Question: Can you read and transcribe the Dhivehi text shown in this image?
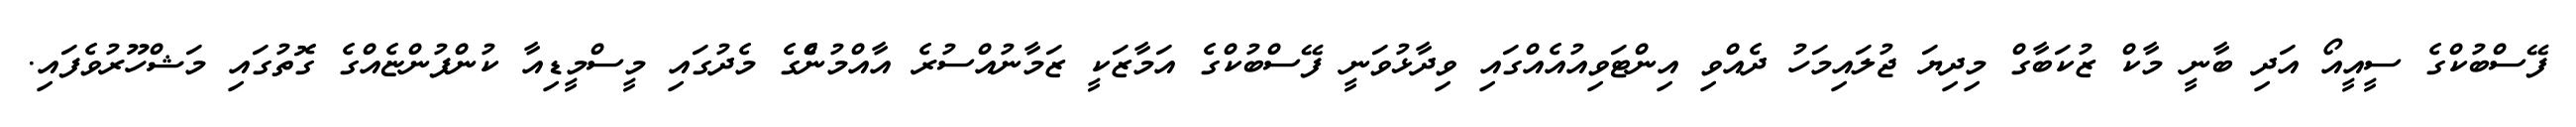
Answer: ފޭސްބުކްގެ ސީއީއޯ އަދި ބާނީ މާކް ޒުކަބާގް މިދިޔަ ޖުލައިމަހު ދެއްވި އިންޓަވިއުއެއްގައި ވިދާޅުވަނީ ފޭސްބުކްގެ އަމާޒަކީ ޒަމާނުއްސުރެ އާއްމުންެގެ މެދުގައި މީސްމީޑިއާ ކުންފުންޏެއްގެ ގޮތުގައި މަޝްހޫރުވެފައި.